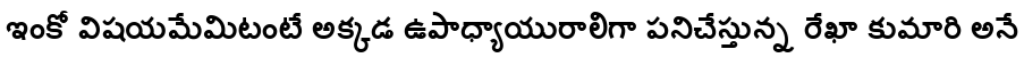
ఇంకో విషయమేమిటంటే అక్కడ ఉపాధ్యాయురాలిగా పనిచేస్తున్న రేఖా కుమారి అనే